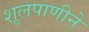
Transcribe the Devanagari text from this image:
शूलपाणीने